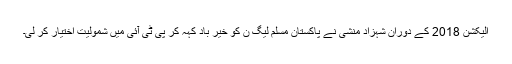
الیکشن 2018 کے دوران شہزاد منشی نے پاکستان مسلم لیگ ن کو خیر باد کہہ کر پی ٹی آئی میں شمولیت اختیار کر لی۔